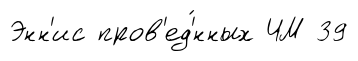
Энн'ис пров'ед'́нных ЧМ 39